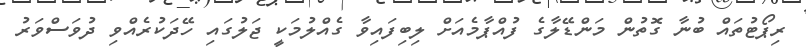
ރިޕޯޓުތައް ބުނާ ގޮތުން މަންޑޭލާގެ ފުއްޕާމެއަށް ލިބިފައިވާ ގެއްލުމަކީ ޖަލުގައި ހޭދަކުރެއްވި ދުވަސްވަރު